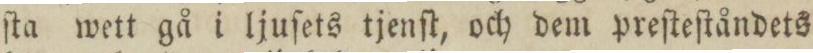
ſta wett gå i ljuſets tjenſt, och dem preſteſtåndets